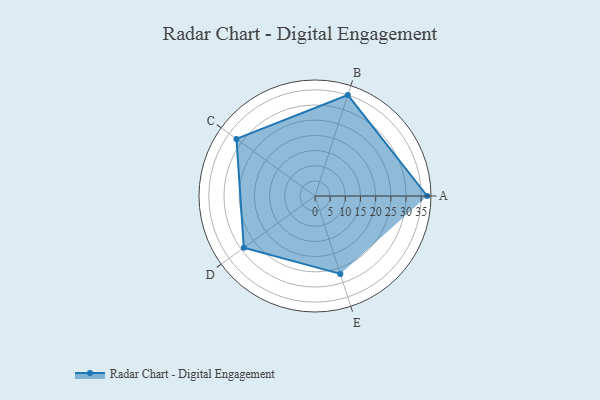
{"axis": {"x": "Skill", "y": "Score"}, "legend": ["Profile"], "data": [{"x": "A", "y": 37.0, "type": "Profile"}, {"x": "B", "y": 35.0, "type": "Profile"}, {"x": "C", "y": 32.0, "type": "Profile"}, {"x": "D", "y": 29.0, "type": "Profile"}, {"x": "E", "y": 27.0, "type": "Profile"}]}